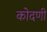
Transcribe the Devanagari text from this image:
कोदणी